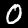
Label: 0